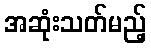
အဆုံးသတ်မည့်